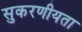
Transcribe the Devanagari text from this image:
सुकरणीयता